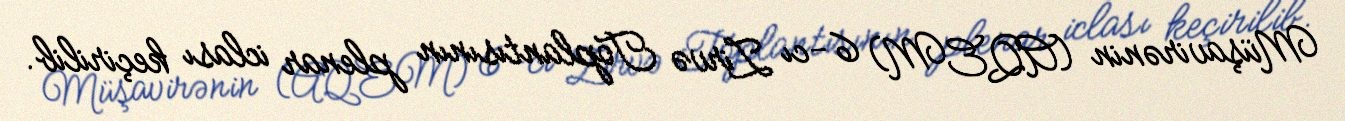
Müşavirənin (AQEM) 6-cı Zirvə Toplantısının plenar iclası keçirilib.